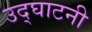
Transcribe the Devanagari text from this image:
उद्घाटनी